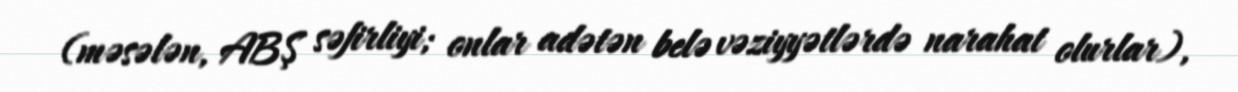
(məsələn, ABŞ səfirliyi; onlar adətən belə vəziyyətlərdə narahat olurlar),